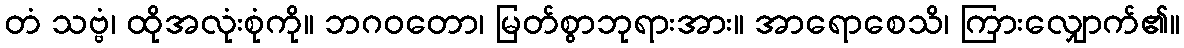
တံ သဗ္ဗံ၊ ထိုအလုံးစုံကို။ ဘဂဝတော၊ မြတ်စွာဘုရားအား။ အာရောစေသိ၊ ကြားလျှောက်၏။